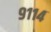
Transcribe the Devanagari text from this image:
९११४